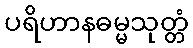
ပရိဟာနဓမ္မသုတ္တံ